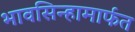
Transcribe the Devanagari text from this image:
भावसिन्हामार्फत